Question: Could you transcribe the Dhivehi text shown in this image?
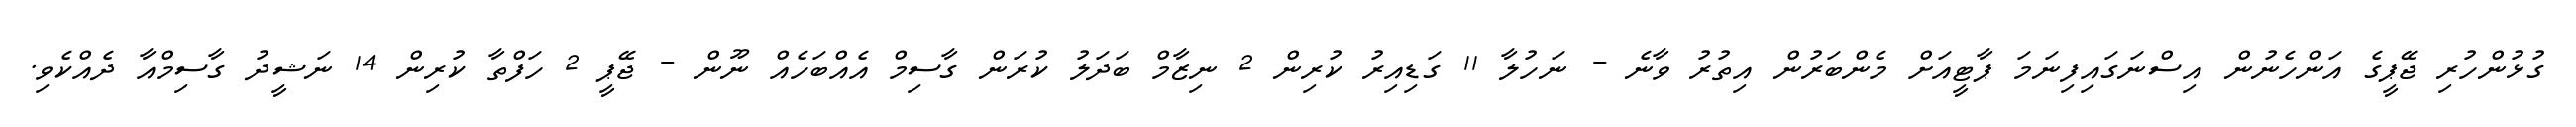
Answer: ގުޅުންހުރި ޖޭޕީގެ އަންހެނުން އިސްނަގައިފިނަމަ ޕާޓީއަށް މެންބަރުން އިތުރު ވާނެ - ނަހުލާ 11 ގަޑިއިރު ކުރިން 2 ނިޒާމް ބަދަލު ކުރަން ގާސިމް އެއްބަހެއް ނޫން - ޖޭޕީ 2 ހަފްތާ ކުރިން 14 ނަޝީދު ގާސިމްއާ ދެއްކެވި.